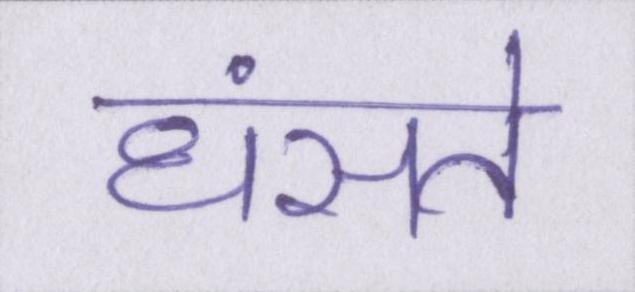
धंसते